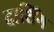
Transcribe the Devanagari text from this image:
दाशिंग